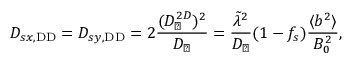
D _ { s x , \mathrm { D D } } = D _ { s y , \mathrm { D D } } = 2 \frac { ( D _ { \perp } ^ { 2 D } ) ^ { 2 } } { D _ { \perp } } = \frac { \tilde { \lambda } ^ { 2 } } { D _ { \perp } } ( 1 - f _ { s } ) \frac { \langle b ^ { 2 } \rangle } { B _ { 0 } ^ { 2 } } ,